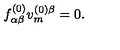
f _ { \alpha \beta } ^ { ( 0 ) } v _ { m } ^ { ( 0 ) \beta } = 0 .